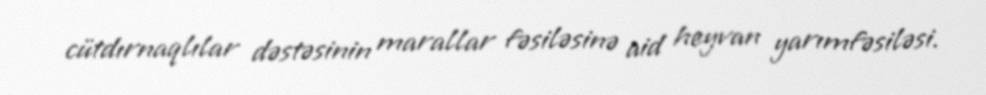
cütdırnaqlılar dəstəsinin marallar fəsiləsinə aid heyvan yarımfəsiləsi.